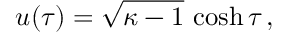
u ( \tau ) = \sqrt { \kappa - 1 } \, \cosh \tau \, ,